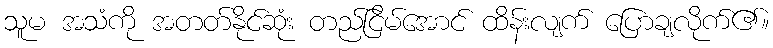
သူမ အသံကို အတတ်နိုင်ဆုံး တည်ငြိမ်အောင် ထိန်းလျက် ပြောချလိုက်၏။